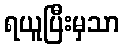
ရယူပြီးမှသာ